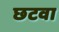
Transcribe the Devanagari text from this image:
छटवा